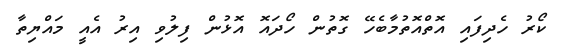
ކޯރު ހެދިފައި އޮތްއޮތުމާބެހޭ ގޮތުން ހޯދައޮ އޮޅުން ފިލުވި އިރު އެއީ މައްޔިތާ